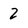
Character: 2